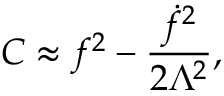
C \approx f ^ { 2 } - \frac { { \dot { f } } ^ { 2 } } { 2 \Lambda ^ { 2 } } ,